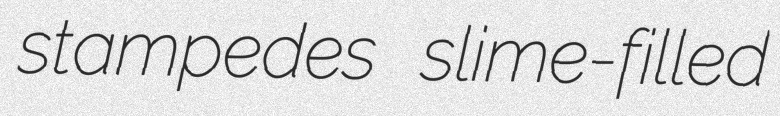
stampedes slime-filled